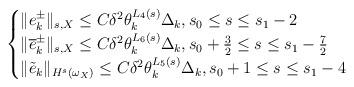
LaTeX: \begin{align*}\begin{cases}\|e^\pm_{k}\|_{s,X}\le C\delta^2\theta_k^{L_4(s)}\Delta_k, s_0\le s\le s_1-2\cr\|\overline{e}^{\pm}_k\|_{s,X}\le C\delta^2\theta_k^{L_6(s)}\Delta_k, s_0+\frac 32\le s\le s_1-\frac 72\cr\|\tilde{e}_{k}\|_{H^s(\omega_X)}\le C\delta^2\theta_k^{L_5(s)}\Delta_k, s_0+1 \le s\le s_1-4\end{cases}\end{align*}